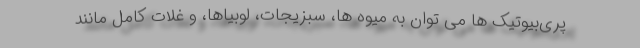
پری‌بیوتیک ها می توان به میوه ها، سبزیجات، لوبیاها، و غلات کامل مانند